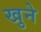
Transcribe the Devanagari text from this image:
खुने